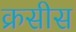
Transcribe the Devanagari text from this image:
क्रसीस